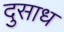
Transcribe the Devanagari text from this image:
दुसाध